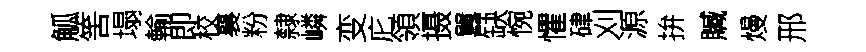
觚筈塌輸即校襄粉隸嶙变庀領摄囂缺惋懼硉刈源拚贓熳邢